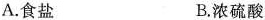
A.食盐 B.浓硫酸